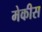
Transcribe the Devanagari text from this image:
मेकीस